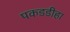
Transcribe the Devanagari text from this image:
पकडडीहा